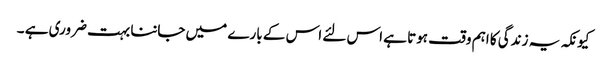
کیونکہ یہ زندگی کا اہم وقت ہوتا ہے اس لئے اس کے بارے میں جاننا بہت ضروری ہے ۔